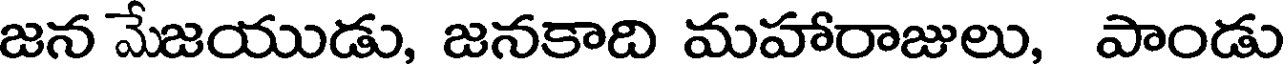
జన మేజయుడు, జనకాది మహారాజులు, పాండు